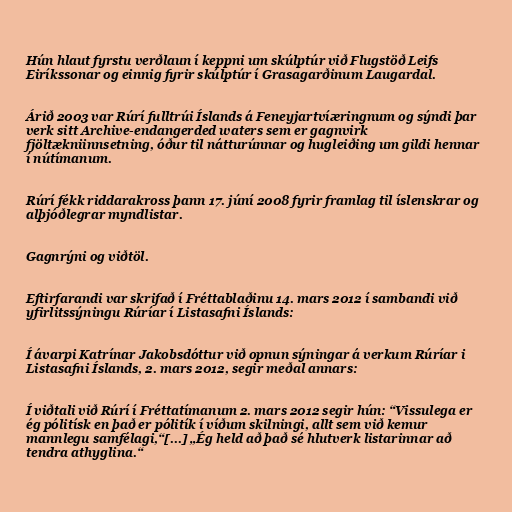
Hún hlaut fyrstu verðlaun í keppni um skúlptúr við Flugstöð Leifs
Eiríkssonar og einnig fyrir skúlptúr í Grasagarðinum Laugardal.

Árið 2003 var Rúrí fulltrúi Íslands á Feneyjartvíæringnum og sýndi þar
verk sitt Archive-endangerded waters sem er gagnvirk
fjöltækniinnsetning, óður til nátturúnnar og hugleiðing um gildi hennar
í nútímanum.

Rúrí fékk riddarakross þann 17. júní 2008 fyrir framlag til íslenskrar og
alþjóðlegrar myndlistar.

Gagnrýni og viðtöl.

Eftirfarandi var skrifað í Fréttablaðinu 14. mars 2012 í sambandi við
yfirlitssýningu Rúríar í Listasafni Íslands:

Í ávarpi Katrínar Jakobsdóttur við opnun sýningar á verkum Rúríar i
Listasafni Íslands, 2. mars 2012, segir meðal annars:

Í viðtali við Rúrí í Fréttatímanum 2. mars 2012 segir hún: “Vissulega er
ég pólitísk en það er pólitík í víðum skilningi, allt sem við kemur
mannlegu samfélagi,“[...] „Ég held að það sé hlutverk listarinnar að
tendra athyglina.“